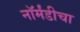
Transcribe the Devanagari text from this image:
नॉर्मंडीचा